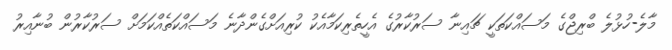
މާލެ-ހުޅުލެ ބްރިޖްގެ މަސައްކަތަކީ ޗައިނާ ސަރުކާރުގެ އެހީތެރިކަމާއެކު ކުރިއަށްގެންދާނެ މަސައްކަތެއްކަމަށް ސަރުކާރުން ބުނާއިރު